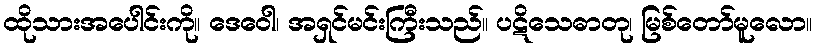
ထိုသားအပေါင်းကို။ ဒေဝေါ၊ အရှင်မင်းကြီးသည်။ ပဋိသေဓာတု၊ မြစ်တော်မူလော။